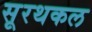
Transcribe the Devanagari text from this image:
सूरथकल